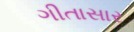
ગીતાસાર